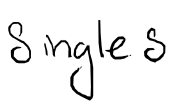
Text: Singles
Cross-out: clean
Writing tool: digital_black